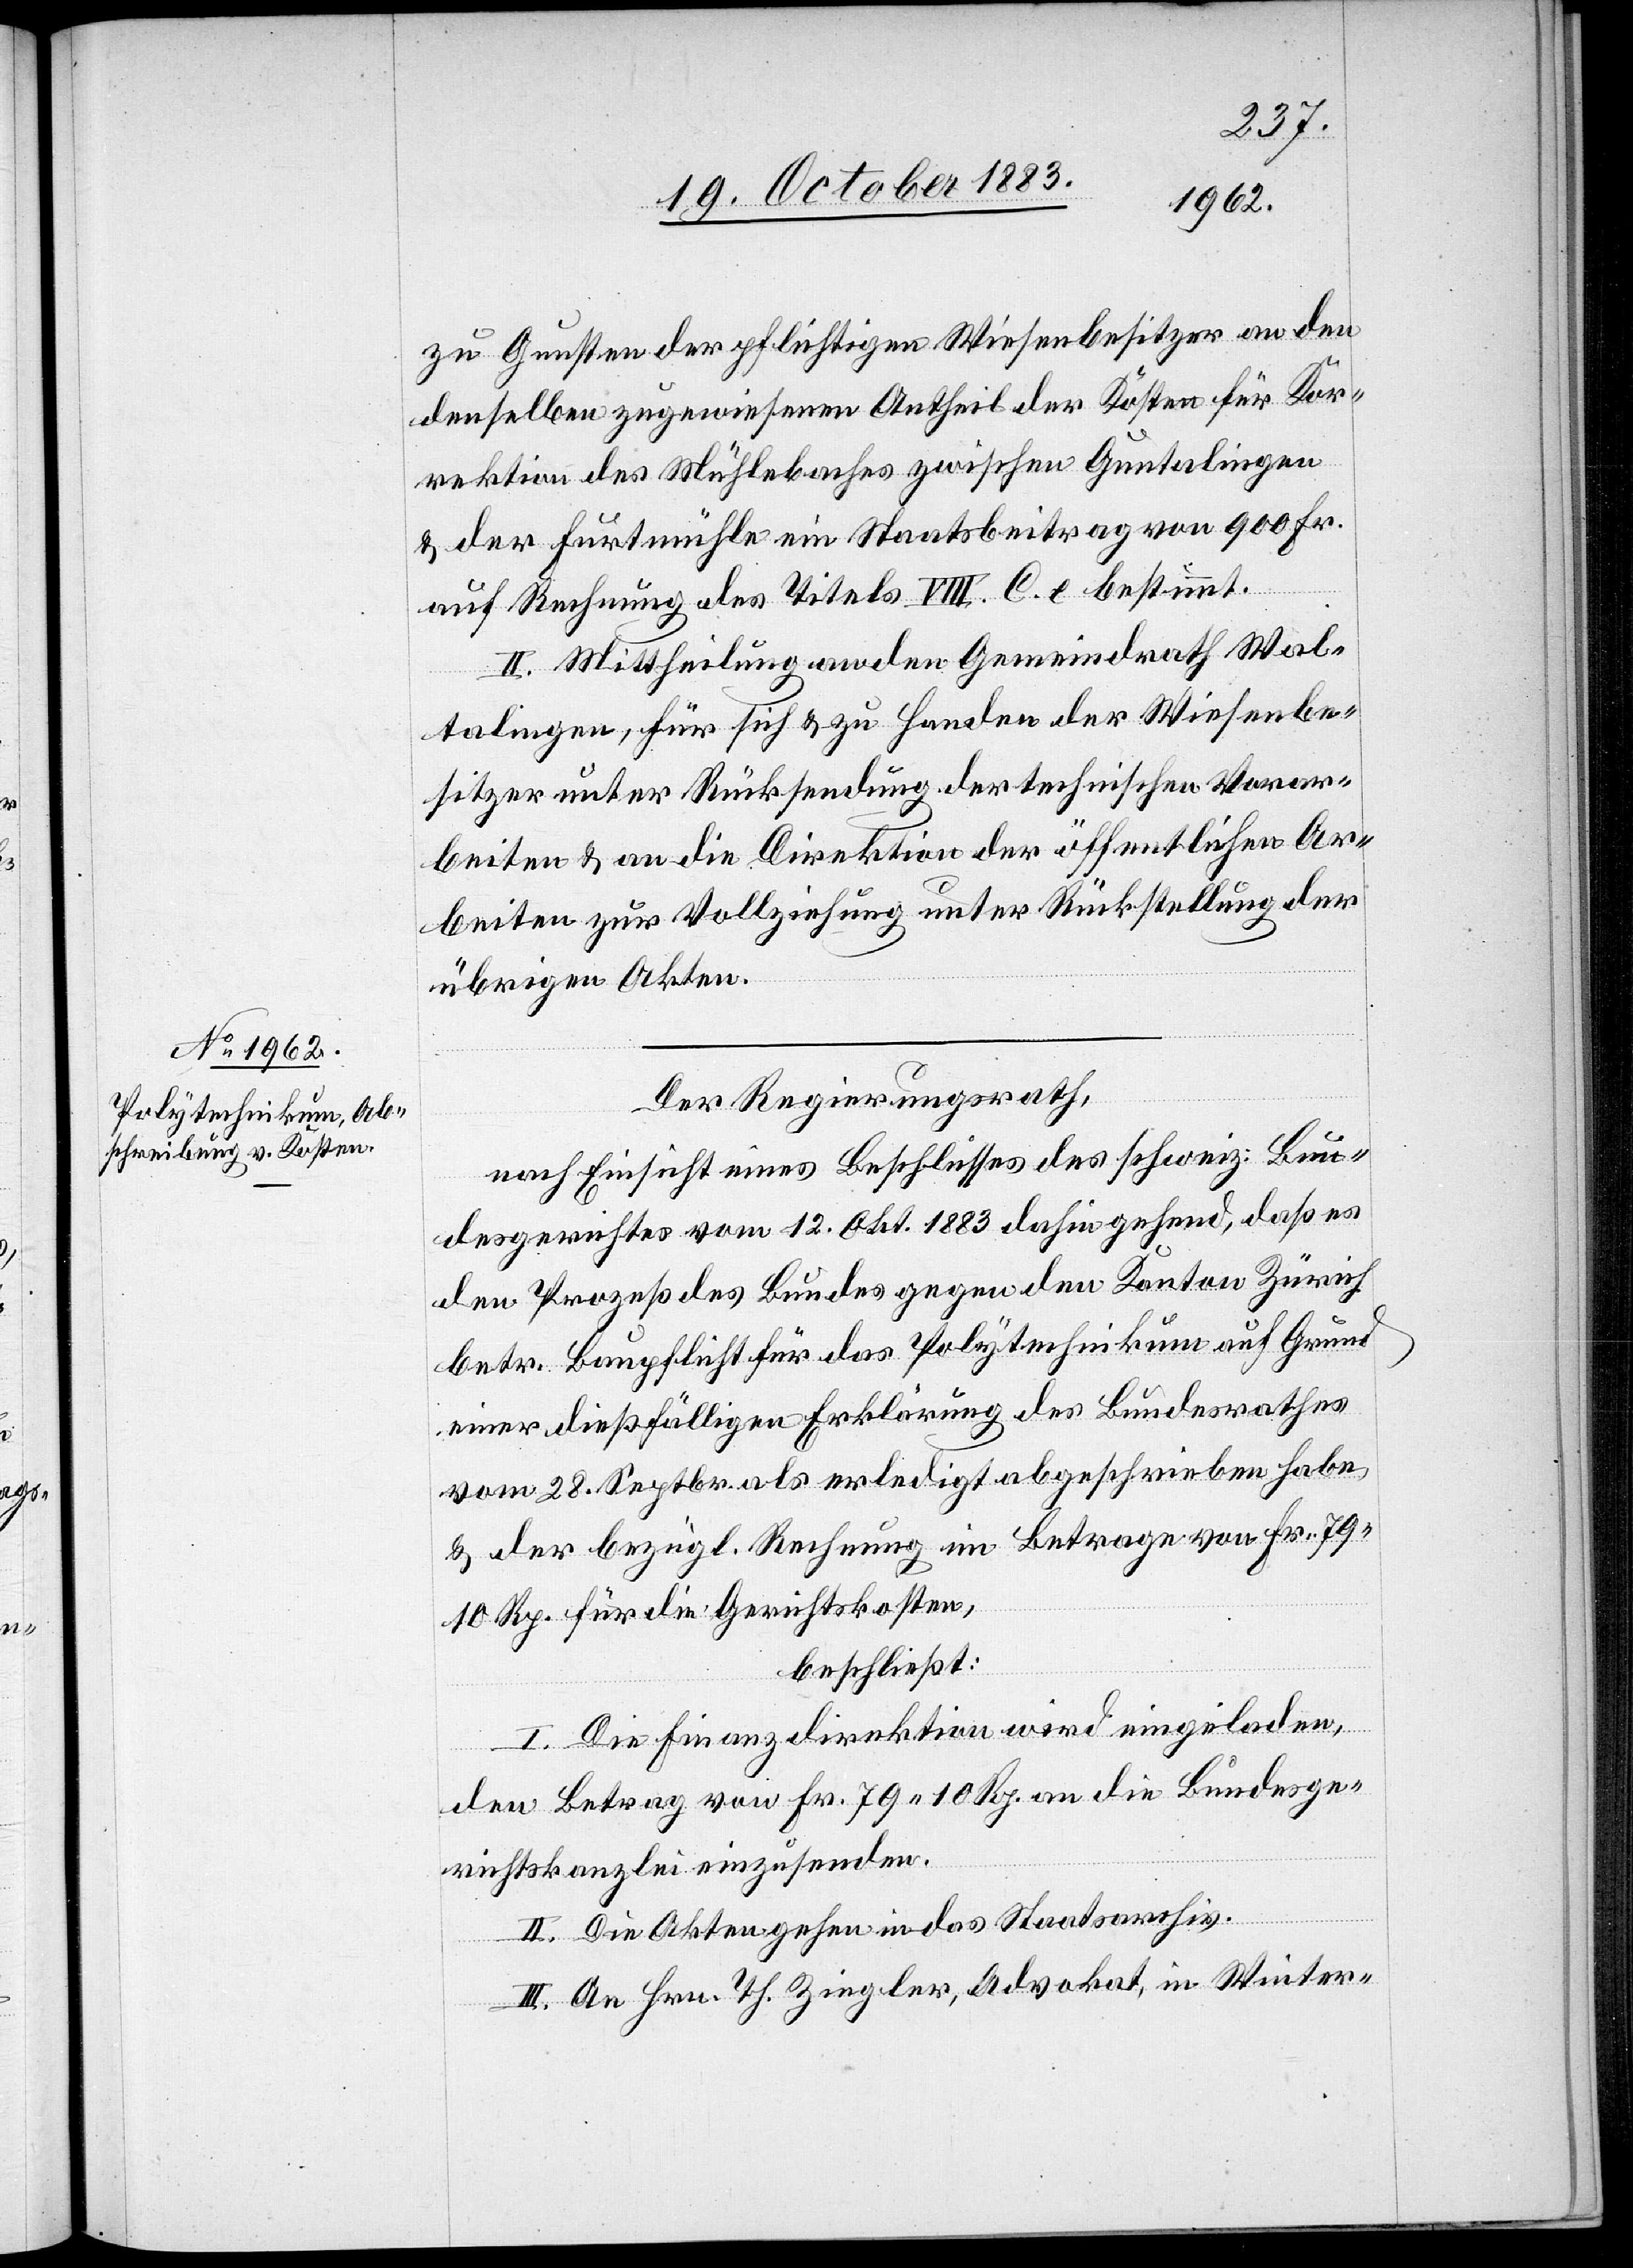
zu Gunsten der pflichtigen Wiesenbesitzer an den
denselben zugewiesenen Antheil der Kosten für Kor¬
rektion des Mühlebaches zwischen Guntalingen
& der Furtmühle ein Staatsbeitrag von 900 Fr.
auf Rechnung des Titels VIII. C. e. bestimmt.
II. Mittheilung an den Gemeindrath Wal¬
talingen für sich & zu Handen der Wiesenbe¬
sitzer unter Rücksendung der technischen Vorar¬
beiten & an die Direktion der öffentlichen Ar¬
beiten zur Vollziehung unter Rückstellung der
übrigen Akten.
Der Regierungsrath,
nach Einsicht eines Beschlusses des schweiz. Bun¬
desgerichtes vom 12. Okt. 1883 dahingehend, daß es
den Prozeß des Bundes gegen den Kanton Zürich
betr. Baupflicht für das Polytechnikum auf Grund
einer dießfälligen Erklärung des Bundesrathes
vom 28. Septbr. erledigt abgeschrieben habe
& der bezügl. Rechnung im Betrage von Fr. 79
10 Rp. für die Gerichtskosten,
beschließt:
I. Die Finanzdirektion wird eingeladen,
den Betrag von Fr. 79 10 Rp. an die Bundesge¬
richtskanzlei einzusenden.
II. Die Akten gehen in das Staatsarchiv.
III. An Hrn. Th. Ziegler, Advokat, in Winter-